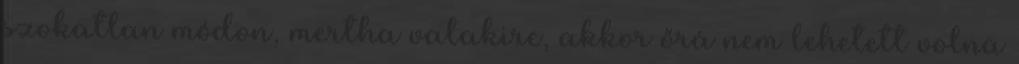
szokatlan módon, mertha valakire, akkor őrá nem lehetett volna